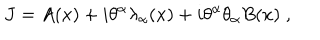
LaTeX: J = A ( x ) + i \theta ^ { \alpha } \lambda _ { \alpha } ( x ) + i \theta ^ { \alpha } \theta _ { \alpha } B ( x ) \; ,